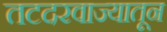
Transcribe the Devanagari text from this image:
तटदरवाज्यातून